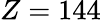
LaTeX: Z=144